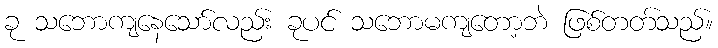
ခု သဘောကျနေသော်လည်း ခုပင် သဘောမကျတော့ဘဲ ဖြစ်တတ်သည်။